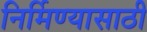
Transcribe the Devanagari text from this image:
निर्मिण्यासाठी